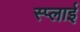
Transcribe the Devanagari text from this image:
स्प्लाई